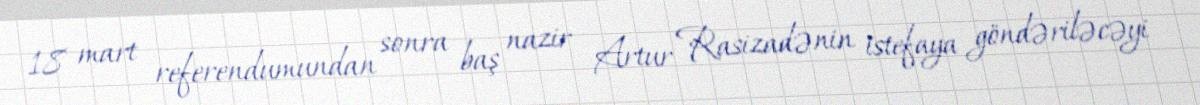
18 mart referendumundan sonra baş nazir Artur Rasizadənin istefaya göndəriləcəyi